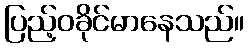
ပြည့်ဝခိုင်မာနေသည်။